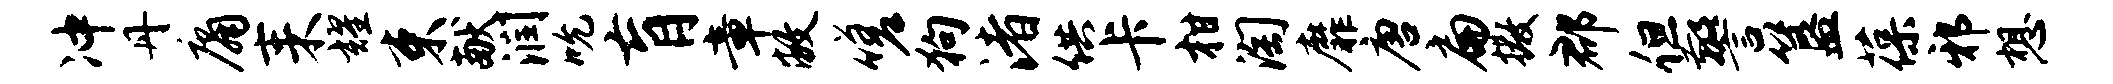
冲丹庸耒耀束献润吮肓章敝嗟狗渚供卡柑淘靡唐扁撒郡但警簋葆邪想